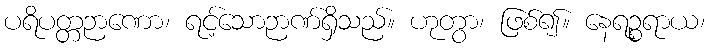
ပရိပတ္တဉာဏော၊ ရင့်သောဉာဏ်ရှိသည်။ ဟုတွာ၊ ဖြစ်၍။ နေရဉ္စရာယ၊